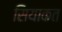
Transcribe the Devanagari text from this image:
सियाकत